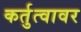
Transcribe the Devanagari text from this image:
कर्तुत्वावर